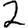
Digit: 2